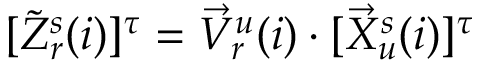
\begin{array} { r } { [ \tilde { Z } _ { r } ^ { s } ( i ) ] ^ { \tau } = \vec { V } _ { r } ^ { u } ( i ) \cdot [ \vec { X } _ { u } ^ { s } ( i ) ] ^ { \tau } } \end{array}